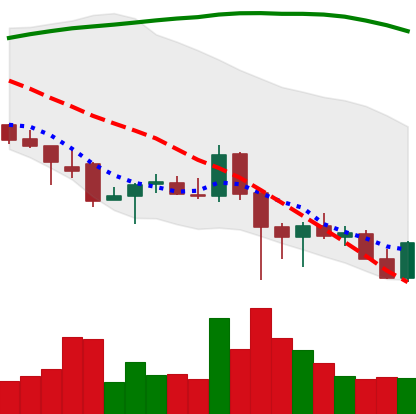
Ticker: ADA-USD
Chart end date: 2021-12-11
Forward return: -8.397%
Label: down_7plus